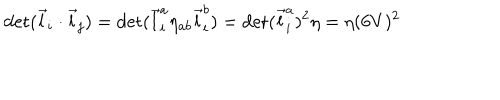
LaTeX: \det ( \vec { l } _ { i } \cdot \vec { l } _ { j } ) = \det ( \vec { l } _ { i } ^ { a } \eta _ { a b } \vec { l } _ { i } ^ { b } ) = \det ( \vec { l } _ { i } ^ { a } ) ^ { 2 } \eta = \eta ( 6 V ) ^ { 2 }